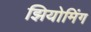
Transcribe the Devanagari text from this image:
झियोमिंग